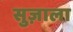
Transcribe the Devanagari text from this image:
सुज़ाला